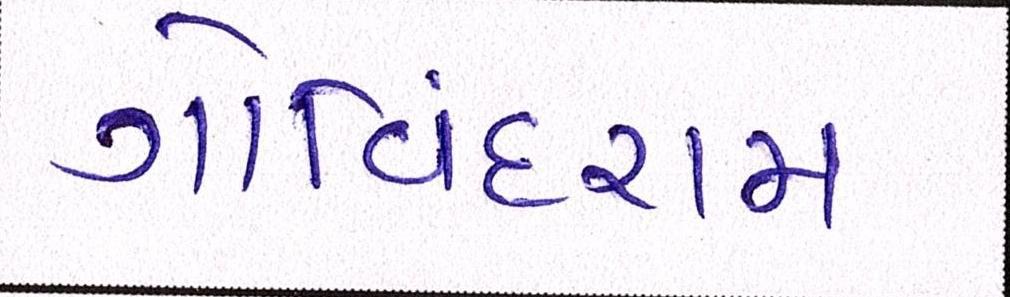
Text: ગોવિંદરામ